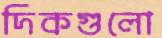
দিকগুলো